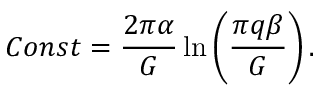
C o n s t = \frac { 2 \pi \alpha } { G } \ln \left( \frac { \pi q \beta } { G } \right) .